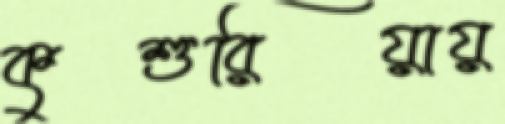
কুশুরিয়ায়